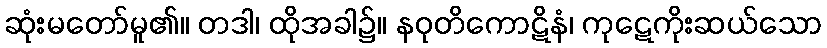
ဆုံးမတော်မူ၏။ တဒါ၊ ထိုအခါ၌။ နဝုတိကောဋိနံ၊ ကုဋေကိုးဆယ်သော